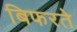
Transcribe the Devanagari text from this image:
बिफरते